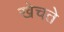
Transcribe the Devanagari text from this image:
खेचते